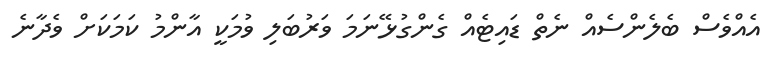
އެއްވެސް ބެލެންސެއް ނެތް ޑައިޓެއް ގެންގުޅޭނަމަ ވަރުބަލި ވުމަކީ އާންމު ކަމަކަށް ވެދާނެ